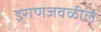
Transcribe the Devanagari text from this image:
इराणजवळील